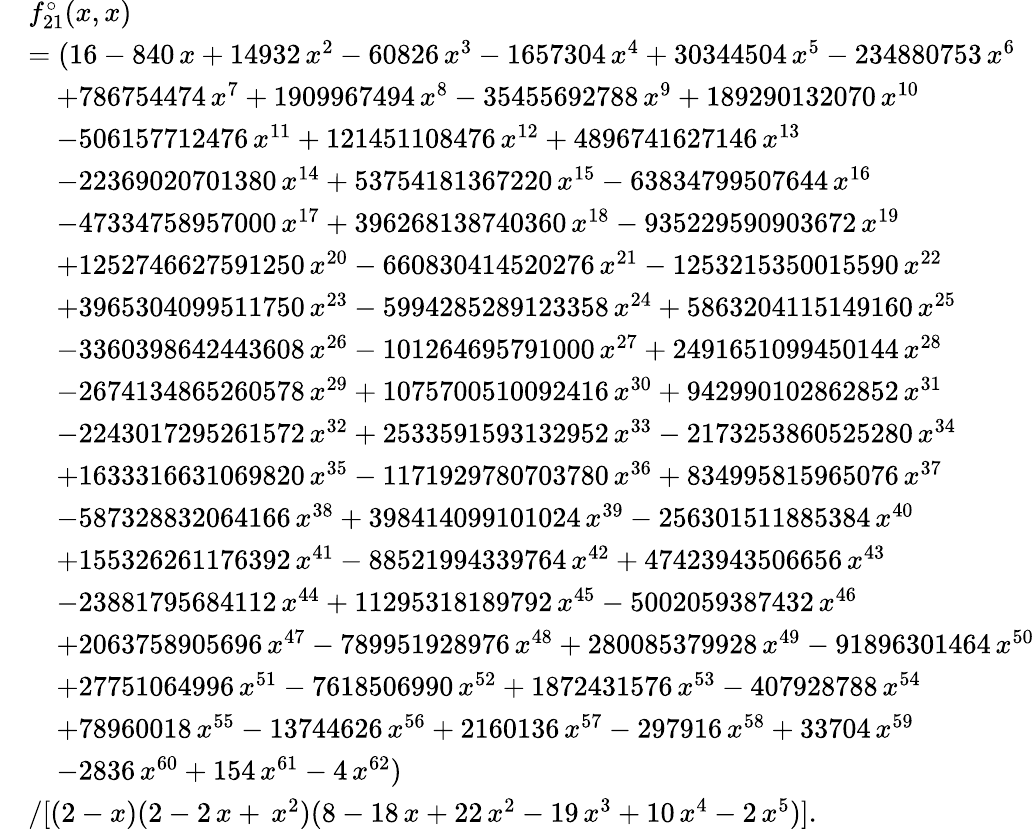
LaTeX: \begin{array}{rl}&{f_{21}^{\circ}(x,x)}\\ &{=(16-840\, x+14932\, x^{2}-60826\, x^{3}-1657304\, x^{4}+30344504\, x^{5}-234880753\, x^{6}}\\ &{\quad+786754474\, x^{7}+1909967494\, x^{8}-35455692788\, x^{9}+189290132070\, x^{10}}\\ &{\quad-506157712476\, x^{11}+121451108476\, x^{12}+4896741627146\, x^{13}}\\ &{\quad-22369020701380\, x^{14}+53754181367220\, x^{15}-63834799507644\, x^{16}}\\ &{\quad-47334758957000\, x^{17}+396268138740360\, x^{18}-935229590903672\, x^{19}}\\ &{\quad+1252746627591250\, x^{20}-660830414520276\, x^{21}-1253215350015590\, x^{22}}\\ &{\quad+3965304099511750\, x^{23}-5994285289123358\, x^{24}+5863204115149160\, x^{25}}\\ &{\quad-3360398642443608\, x^{26}-101264695791000\, x^{27}+2491651099450144\, x^{28}}\\ &{\quad-2674134865260578\, x^{29}+1075700510092416\, x^{30}+942990102862852\, x^{31}}\\ &{\quad-2243017295261572\, x^{32}+2533591593132952\, x^{33}-2173253860525280\, x^{34}}\\ &{\quad+1633316631069820\, x^{35}-1171929780703780\, x^{36}+834995815965076\, x^{37}}\\ &{\quad-587328832064166\, x^{38}+398414099101024\, x^{39}-256301511885384\, x^{40}}\\ &{\quad+155326261176392\, x^{41}-88521994339764\, x^{42}+47423943506656\, x^{43}}\\ &{\quad-23881795684112\, x^{44}+11295318189792\, x^{45}-5002059387432\, x^{46}}\\ &{\quad+2063758905696\, x^{47}-789951928976\, x^{48}+280085379928\, x^{49}-91896301464\, x^{50}}\\ &{\quad+27751064996\, x^{51}-7618506990\, x^{52}+1872431576\, x^{53}-407928788\, x^{54}}\\ &{\quad+78960018\, x^{55}-13744626\, x^{56}+2160136\, x^{57}-297916\, x^{58}+33704\, x^{59}}\\ &{\quad-2836\, x^{60}+154\, x^{61}-4\, x^{62})}\\ &{/[(2-x)(2-2\, x+\, x^{2})(8-18\, x+22\, x^{2}-19\, x^{3}+10\, x^{4}-2\, x^{5})].}\end{array}